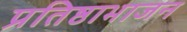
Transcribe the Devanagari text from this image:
प्रतिष्ठाभाजन